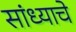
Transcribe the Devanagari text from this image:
सांध्याचे